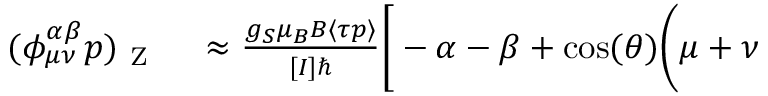
\begin{array} { r l } { ( \phi _ { \mu \nu } ^ { \alpha \beta } p ) _ { \mathrm { ~ Z ~ } } } & { { } \approx \frac { g _ { S } \mu _ { B } B \langle \tau p \rangle } { [ I ] \hbar } \bigg [ - \alpha - \beta + \cos ( \theta ) \bigg ( \mu + \nu } \end{array}